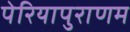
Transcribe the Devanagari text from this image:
पेरियापुराणम